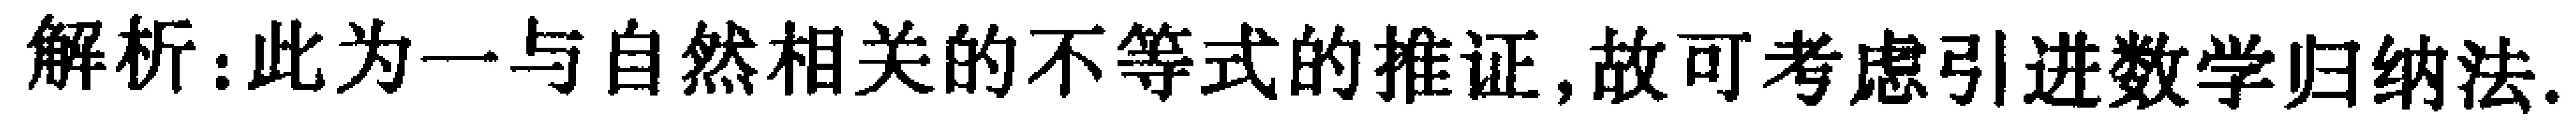
解析：此为一与自然相关的不等式的推证,故可考虑引进数学归纳法.